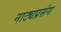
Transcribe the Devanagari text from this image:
नाट्यप्रसंग